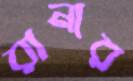
রানার